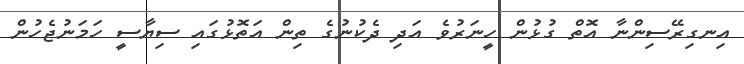
އިނގިރޭސިންނާ އޮތް ގުޅުން ހީނަރުވެ އަދި ދެކުނުގެ ތިން އަތޮޅުގައި ސިޔާސީ ހަމަނުޖެހުން